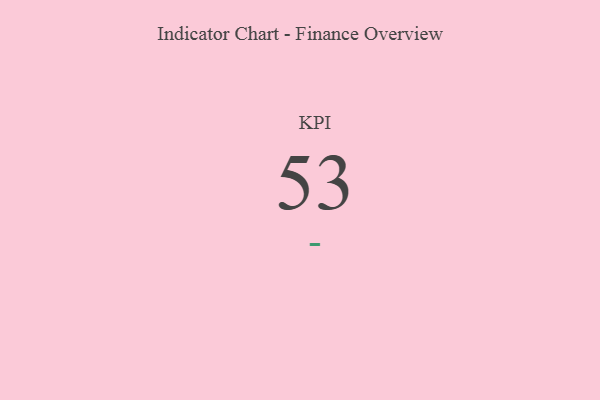
{"axis": {"x": "KPI", "y": "Value"}, "legend": [""], "data": [{"x": "KPI", "y": 53, "type": ""}]}